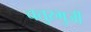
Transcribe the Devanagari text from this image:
चतुरभुर्जी